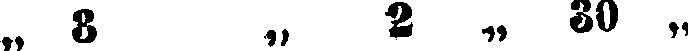
„ 8 „ 2 „ 30 „